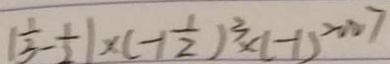
( \frac { 1 } { 3 } - \frac { 1 } { 2 } ) \times ( - 1 \frac { 1 } { 2 } ) ^ { 3 } \times ( - 1 ) ^ { 2 0 0 7 }